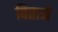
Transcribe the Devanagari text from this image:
बिताने